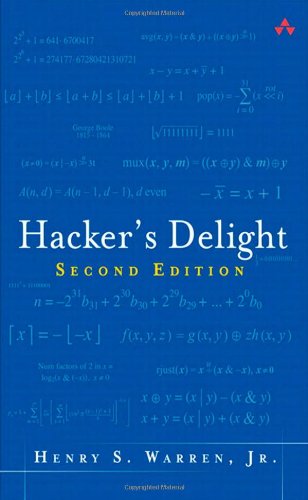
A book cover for Hacker's Delight (2nd Edition); Henry S. Warren; Computers & Technology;